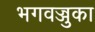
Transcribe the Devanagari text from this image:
भगवज्जुका